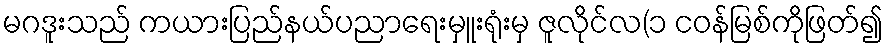
မဂဒူးသည် ကယားပြည်နယ်ပညာရေးမှူးရုံးမှ ဇူလိုင်လ(၁ ငဝန်မြစ်ကိုဖြတ်၍